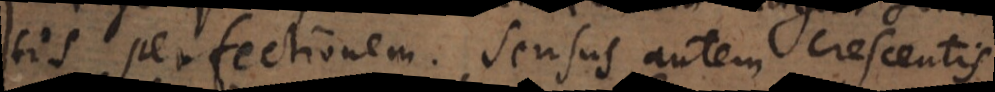
tis perfectionem. Sensus autem crescentis